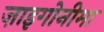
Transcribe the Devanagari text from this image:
ज़ाइगोनीमा